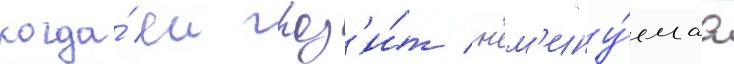
когда́ еи гроз'и́т н'ем'ину́емаа